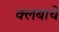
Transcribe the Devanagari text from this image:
क्लबाचे